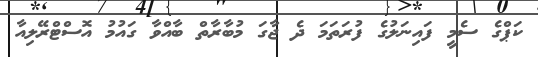
ކަޕްގެ ސެމީ ފައިނަލުގެ ފުރަތަމަ ދެ ޖާގަ މުބާރާތް ބާއްވާ ގައުމު އޮސްޓްރޭލިއާ